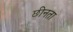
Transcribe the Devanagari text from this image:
छीनता